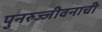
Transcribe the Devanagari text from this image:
पुनरुज्जीवनाची